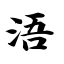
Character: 浯